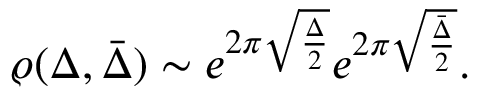
\varrho ( \Delta , \bar { \Delta } ) \sim e ^ { 2 \pi \sqrt { \frac { \Delta } { 2 } } } e ^ { 2 \pi \sqrt { \frac { \bar { \Delta } } { 2 } } } .